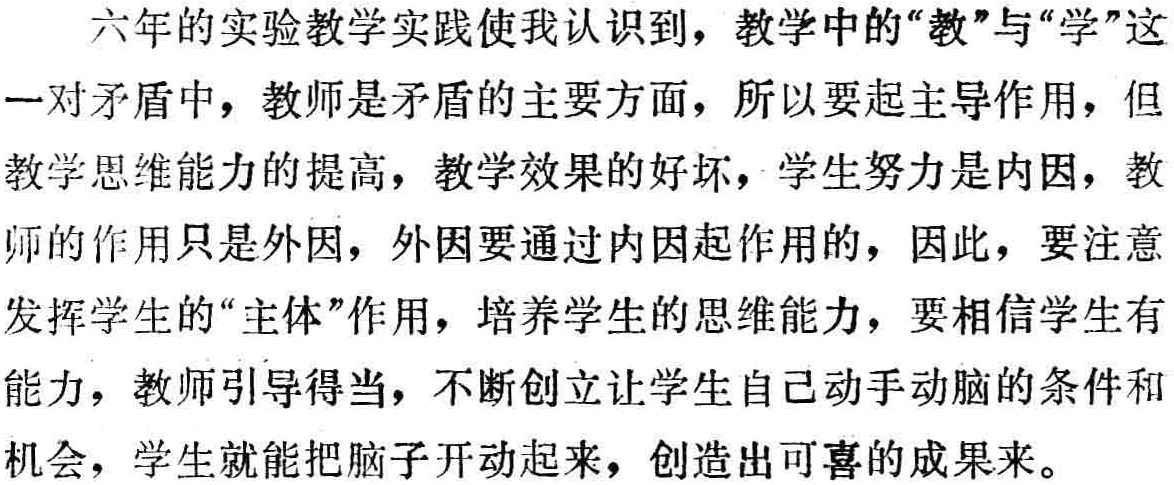
六年的实验教学实践使我认识到，教学中的“教”与“学”这一对矛盾中，教师是矛盾的主要方面，所以要起主导作用，但教学思维能力的提高，教学效果的好坏，学生努力是内因，教师的作用只是外因，外因要通过内因起作用的，因此，要注意发挥学生的“主体”作用，培养学生的思维能力，要相信学生有能力，教师引导得当，不断创立让学生自己动手动脑的条件和机会，学生就能把脑子开动起来，创造出可喜的成果来。